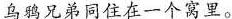
乌鸦兄弟同住在一个窝里。